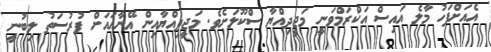
އެއަށްފަހު މާލެ އައިސް އަކްރަމްވަނީ މަޖީދިއްޔާ ސްކޫލަށެވެ. މަޖީދިއްޔާއިން އޭނާއައަށް ފުރުސަތު ލިބުނީ